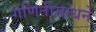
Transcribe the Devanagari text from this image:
गणितीसाधने